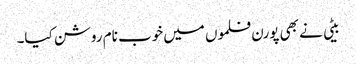
بیٹی نے بھی پورن فلموں میں خوب نام روشن کیا۔